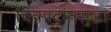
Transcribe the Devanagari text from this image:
चित्रपटांतसुद्धा